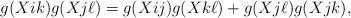
LaTeX: \begin{align*} g(Xik)g(Xj\ell)=g(Xij)g(Xk\ell)+g(Xj\ell)g(Xjk), \end{align*}